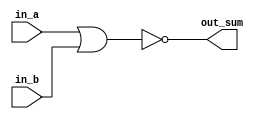
module nor_gate(
    in_a,
    in_b,
    out_sum
);

input in_a;
input in_b;
output out_sum;

assign out_sum = ~(in_a | in_b);

endmodule